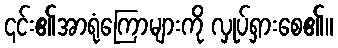
၎င်း၏အာရုံကြောများကို လှုပ်ရှားစေ၏။